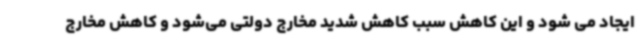
ایجاد می شود و این کاهش سبب کاهش شدید مخارج دولتی می‌شود و کاهش مخارج